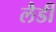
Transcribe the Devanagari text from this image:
लैडी